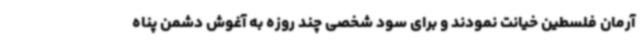
آرمان فلسطین خیانت نمودند و برای سود شخصی چند روزه به آغوش دشمن پناه